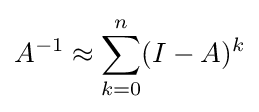
A^{-1}\approx \sum _{k=0}^{n}(I-A)^{k}